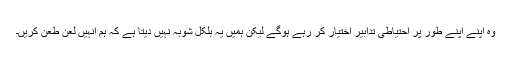
وہ اپنے اپنے طور پر احتیاطی تدابیر اختیار کر رہے ہوگے لیکن ہمیں یہ بلکل شوبہ نہیں دیتا ہے کہ ہم انہیں لعن طعن کریں۔